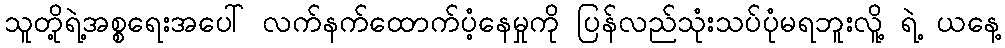
သူတို့ရဲ့အစ္စရေးအပေါ် လက်နက်ထောက်ပံ့နေမှုကို ပြန်လည်သုံးသပ်ပုံမရဘူးလိူ့ ရဲ့ ယနေ့